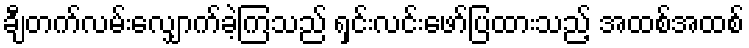
ချီတက်လမ်းလျှောက်ခဲ့ကြသည် ရှင်းလင်းဖော်ပြထားသည့် အထစ်အထစ်